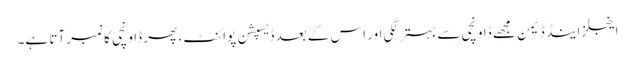
اینجلز اینڈ ڈیمن مجھے ڈاونچی سے بہتر لگی اور اس کے بعد ڈیسپشن پوائنٹ ، پھر ڈاونچی کا نمبر آتا ہے۔